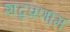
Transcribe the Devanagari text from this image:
शब्दप्रणाम